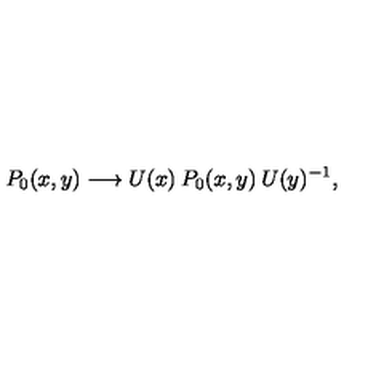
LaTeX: P _ { 0 } ( x , y ) \longrightarrow U ( x ) \: P _ { 0 } ( x , y ) \: U ( y ) ^ { - 1 } ,